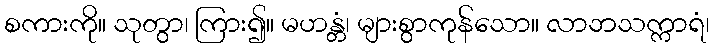
စကားကို။ သုတွာ၊ ကြား၍။ မဟန္တံ၊ များစွာကုန်သော။ လာဘသက္ကာရံ၊